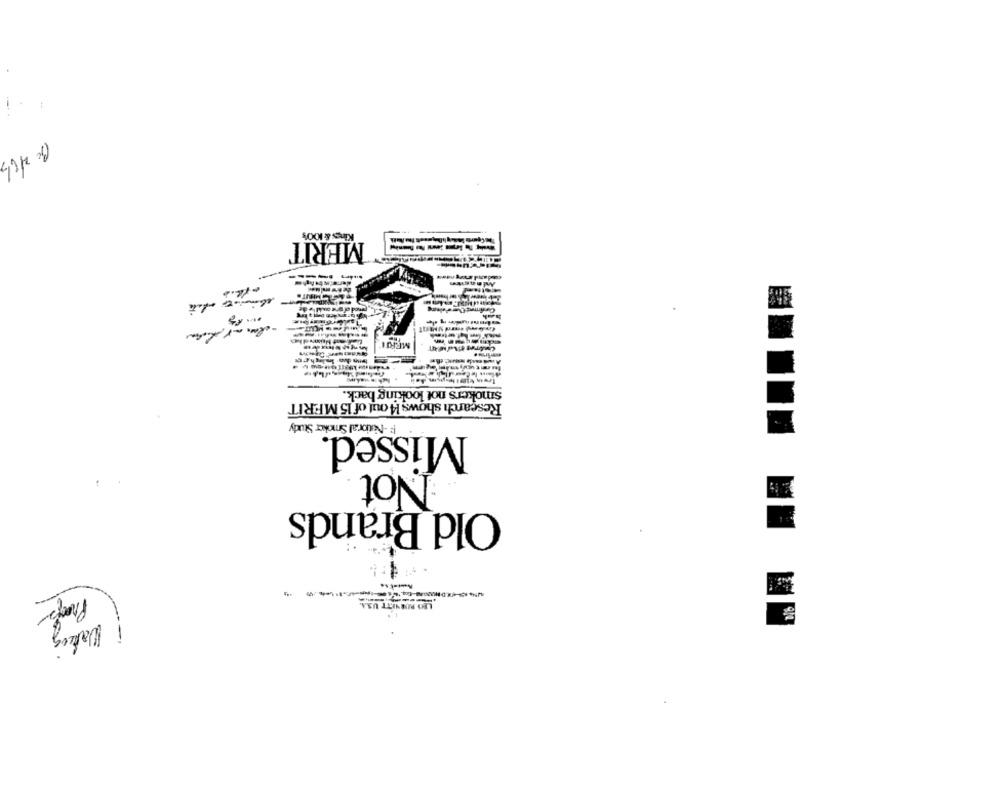
Kings & 100%
MERIT
-l- what
MERII
smokers not looking back.
Research shows 14 out of 15 MERIT
F: - Natioral Smoker Study
Missed.
Not
Old Brands
Proces
LEO BURNETT US.A.
Waking